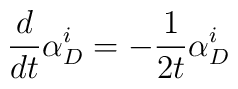
\frac{d}{dt}\alpha ^i_D = -\frac{1}{2t}\alpha ^i_D